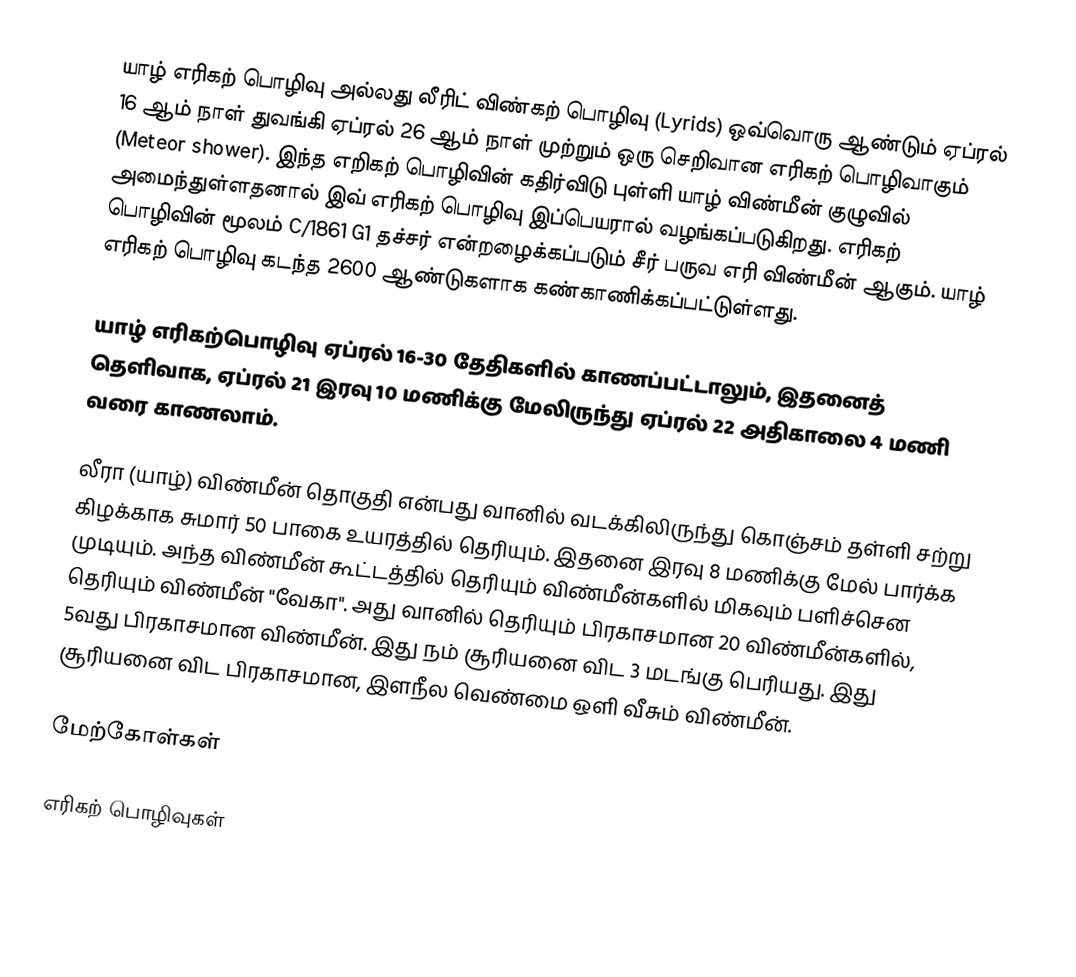
யாழ் எரிகற் பொழிவு அல்லது லீரிட் விண்கற் பொழிவு (Lyrids) ஒவ்வொரு ஆண்டும் ஏப்ரல் 16 ஆம் நாள் துவங்கி ஏப்ரல் 26 ஆம் நாள் முற்றும் ஒரு செறிவான எரிகற் பொழிவாகும் (Meteor shower). இந்த எறிகற் பொழிவின் கதிர்விடு புள்ளி யாழ் விண்மீன் குழுவில் அமைந்துள்ளதனால் இவ் எரிகற் பொழிவு இப்பெயரால் வழங்கப்படுகிறது. எரிகற் பொழிவின் மூலம் C/1861 G1 தச்சர் என்றழைக்கப்படும் சீர் பருவ எரி விண்மீன் ஆகும். யாழ் எரிகற் பொழிவு கடந்த 2600 ஆண்டுகளாக கண்காணிக்கப்பட்டுள்ளது.

யாழ் எரிகற்பொழிவு ஏப்ரல் 16-30 தேதிகளில் காணப்பட்டாலும், இதனைத் தெளிவாக, ஏப்ரல் 21 இரவு 10 மணிக்கு மேலிருந்து  ஏப்ரல் 22 அதிகாலை 4 மணி வரை காணலாம்.

லீரா (யாழ்) விண்மீன் தொகுதி என்பது வானில் வடக்கிலிருந்து கொஞ்சம் தள்ளி சற்று கிழக்காக சுமார் 50 பாகை உயரத்தில் தெரியும். இதனை இரவு 8 மணிக்கு மேல் பார்க்க முடியும். அந்த விண்மீன் கூட்டத்தில் தெரியும் விண்மீன்களில் மிகவும் பளிச்சென தெரியும் விண்மீன் "வேகா". அது வானில் தெரியும் பிரகாசமான 20 விண்மீன்களில், 5வது பிரகாசமான விண்மீன். இது நம் சூரியனை விட 3 மடங்கு பெரியது. இது சூரியனை விட பிரகாசமான, இளநீல வெண்மை ஒளி வீசும் விண்மீன்.

மேற்கோள்கள்

எரிகற் பொழிவுகள்